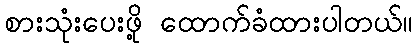
စားသုံးပေးဖို့ ထောက်ခံထားပါတယ်။